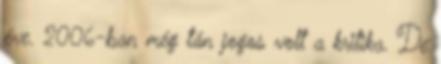
éve. 2006-ban még tán jogos volt a kritika. De